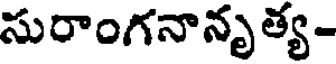
సురాంగనానృత్య-